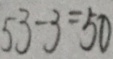
5 3 - 3 = 5 0